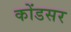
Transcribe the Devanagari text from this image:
कोंडसर